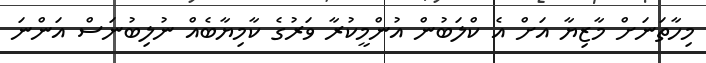
މިހާތަނަށް މާޒިޔާ އަށް އެ ކްލަބުން އުންމީކުރާ ވަރުގެ ކާމިޔާބެއް ނުލިބުނަސް އަންނަ